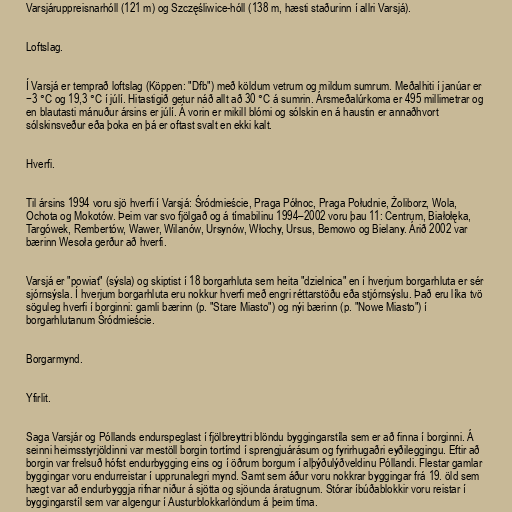
Varsjáruppreisnarhóll (121 m) og Szczęśliwice-hóll (138 m, hæsti staðurinn í allri Varsjá).

Loftslag.

Í Varsjá er temprað loftslag (Köppen: "Dfb") með köldum vetrum og mildum sumrum. Meðalhiti í janúar er
−3 °C og 19,3 °C í júlí. Hitastigið getur náð allt að 30 °C á sumrin. Ársmeðalúrkoma er 495 millimetrar og
en blautasti mánuður ársins er júlí. Á vorin er mikill blómi og sólskin en á haustin er annaðhvort
sólskinsveður eða þoka en þá er oftast svalt en ekki kalt.

Hverfi.

Til ársins 1994 voru sjö hverfi í Varsjá: Śródmieście, Praga Północ, Praga Południe, Żoliborz, Wola,
Ochota og Mokotów. Þeim var svo fjölgað og á tímabilinu 1994–2002 voru þau 11: Centrum, Białołęka,
Targówek, Rembertów, Wawer, Wilanów, Ursynów, Włochy, Ursus, Bemowo og Bielany. Árið 2002 var
bærinn Wesoła gerður að hverfi.

Varsjá er "powiat" (sýsla) og skiptist í 18 borgarhluta sem heita "dzielnica" en í hverjum borgarhluta er sér
sjórnsýsla. Í hverjum borgarhluta eru nokkur hverfi með engri réttarstöðu eða stjórnsýslu. Það eru líka tvö
söguleg hverfi í borginni: gamli bærinn (p. "Stare Miasto") og nýi bærinn (p. "Nowe Miasto") í
borgarhlutanum Śródmieście.

Borgarmynd.

Yfirlit.

Saga Varsjár og Póllands endurspeglast í fjölbreyttri blöndu byggingarstíla sem er að finna í borginni. Á
seinni heimsstyrjöldinni var mestöll borgin tortímd í sprengjuárásum og fyrirhugaðri eyðileggingu. Eftir að
borgin var frelsuð hófst endurbygging eins og í öðrum borgum í alþýðulýðveldinu Póllandi. Flestar gamlar
byggingar voru endurreistar í upprunalegri mynd. Samt sem áður voru nokkrar byggingar frá 19. öld sem
hægt var að endurbyggja rifnar niður á sjötta og sjöunda áratugnum. Stórar íbúðablokkir voru reistar í
byggingarstíl sem var algengur í Austurblokkarlöndum á þeim tíma.